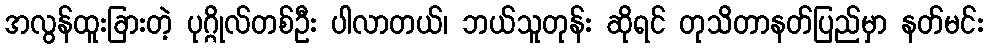
အလွန်ထူးခြားတဲ့ ပုဂ္ဂိုလ်တစ်ဦး ပါလာတယ်၊ ဘယ်သူတုန်း ဆိုရင် တုသိတာနတ်ပြည်မှာ နတ်မင်း